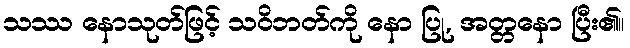
သဿ နောသုတ်ဖြင့် သဝိဘတ်ကို နော ပြု, အတ္တနော ပြီး၏။